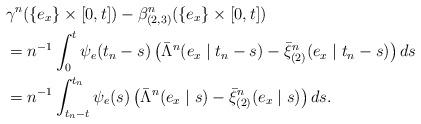
LaTeX: \begin{align*} &\gamma^n( \{e_x\} \times [0,t]) - \beta^n_{(2,3)} (\{e_x\} \times [0,t])\\ &= n^{-1} \int_0^{t} \psi_e(t_n -s ) \left( \bar \Lambda^n(e_x \mid t_n - s) - \bar \xi^n_{(2)}( e_x \mid t_n - s)\right) ds\\&= n^{-1} \int_{t_n-t}^{t_n} \psi_e(s) \left( \bar \Lambda^n ( e_x \mid s) - \bar \xi^n_{(2)}(e_x \mid s) \right) ds.\end{align*}